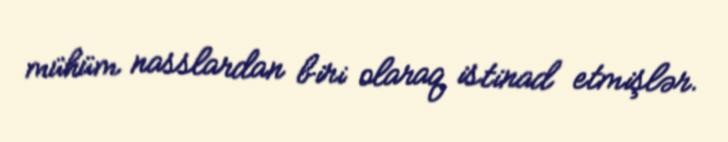
mühüm nasslardan biri olaraq istinad etmişlər.